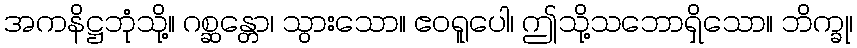
အကနိဋ္ဌဘုံသို့။ ဂစ္ဆန္တော၊ သွားသော။ ဧဝရူပေါ၊ ဤသို့သဘောရှိသော။ ဘိက္ခု၊